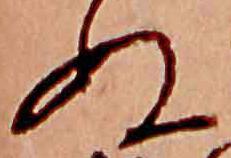
ぬ